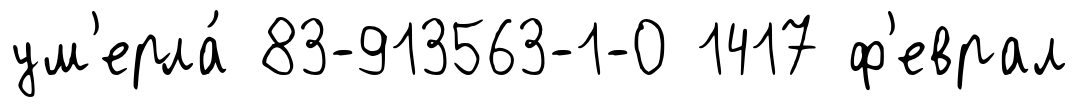
ум'ерла́ 83-913563-1-0 1417 ф'еврал